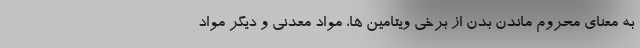
به معنای محروم ماندن بدن از برخی ویتامین ها، مواد معدنی و دیگر مواد